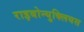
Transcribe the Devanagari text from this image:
राइबोन्युक्लियस